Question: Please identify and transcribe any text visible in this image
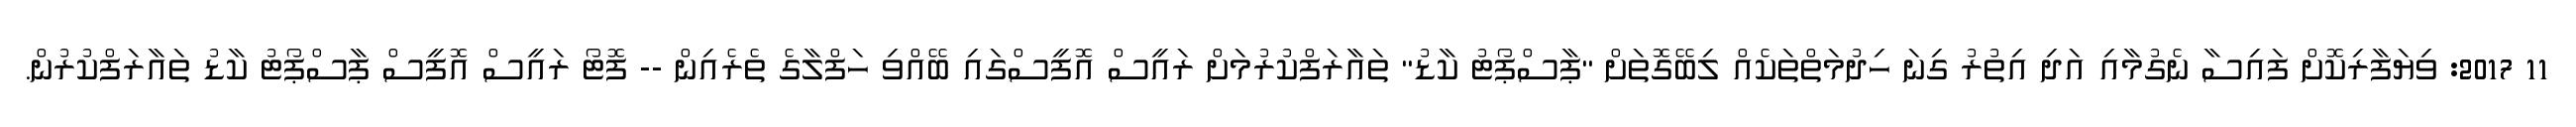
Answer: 11 2017: ވިޔަފާރިކޮށް ފައިސާ ނެގުމާއި އަދި އިތުރު ގިނަ ހިދުމަތްތަކެއް ލިބޭގޮތަށް "ޕާސްޕޯޓު ކާޑު" ތައާރަފްކުރުމަށް ރައީސް އޮފީސްގައި ބޭއްވި ހަފްލާގެ ތެރެއިން -- ފޮޓޯ ރައީސް އޮފީސް ޕާސްޕޯޓު ކާޑު ތައާރަފްކުރުން.